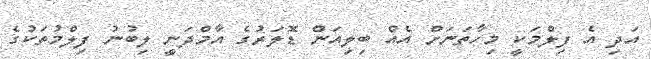
އަދި އެ ފިލްމަކީ މިހާތަނަށް އެއް ބިލިއަން ޑޮލަރުގެ އާމްދަނީ ލިބުނު ފިލްމުތަކުގެ